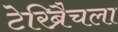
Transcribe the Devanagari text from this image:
टेरिब्रैचला